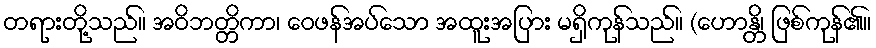
တရားတို့သည်။ အဝိဘတ္တိကာ၊ ဝေဖန်အပ်သော အထူးအပြား မရှိကုန်သည်။ (ဟောန္တိ၊ ဖြစ်ကုန်၏။